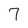
Character: 7